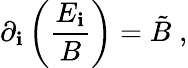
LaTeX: \partial_{\mathbf{i}}\left(\frac{{E_{\mathbf{i}}}}{{B}}\right)=\tilde{{B}}\; ,